[Report on the health of British troops in the Madras command]
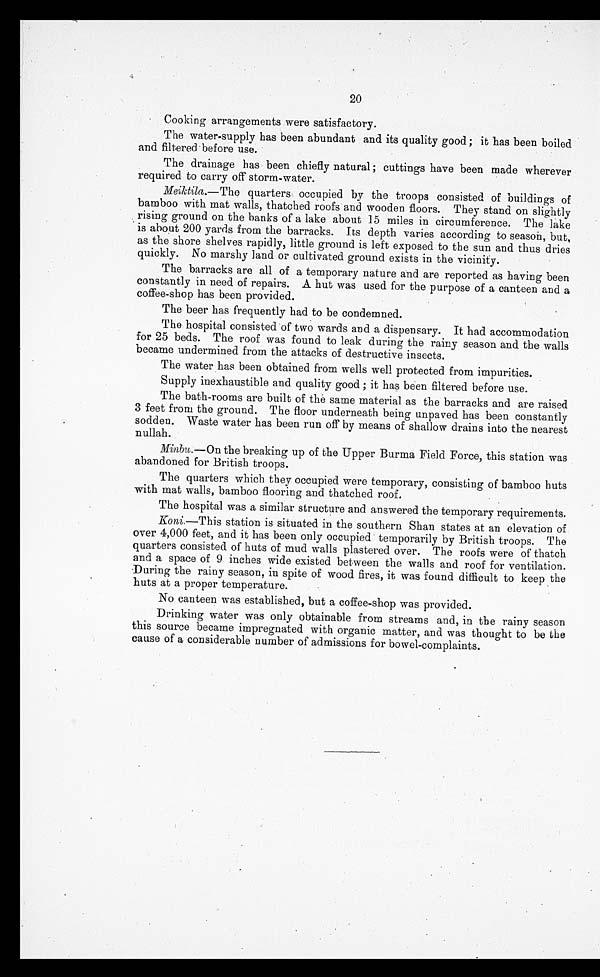
20
Cooking arrangements were satisfactory.
The water-supply has been abundant and its quality good; it has been boiled
and filtered before use.
The drainage has been chiefly natural; cuttings have been made wherever
required to carry off storm-water.
Meiktila.— The quarters occupied by the troops consisted of buildings of
bamboo with mat walls, thatched roofs and wooden floors. They stand on slightly
rising on the banks of a lake about 15 miles in circumference. The lake
is about 200 yards from the barracks. Its depth varies according to season, but,
as the shore shelves rapidly, little ground is left exposed to the sun and thus dries
quickly. No marshy land or cultivated ground exists in the vicinity.
The barracks are all of a temporary nature and are reported as having been
constantly in need of repairs. A hut was used for the purpose of a canteen and a
coffee-shop has been provided.
The beer has frequently had to be condemned.
The hospital consisted of two wards and a dispensary. It had accommodation
for 25 beds. The roof was found to leak during the rainy season and the walls
became undermined from the attacks of destructive insects.
The water has been obtained from wells well protected from impurities.
Supply inexhaustible and quality good; it has been filtered before use.
The bath-rooms are built of the same material as the barracks and are raised
3 feet from the ground. The floor underneath being unpaved has been constantly
sodden. Waste water has been run off by means of shallow drains into the nearest
nullah.
Minbu .—On the breaking up of the Upper Burma Field Force, this station was
abandoned for British troops.
The quarters which they occupied were temporary, consisting of bamboo huts
with mat walls, bamboo flooring and thatched roof.
The hospital was a similar structure and answered the temporary requirements.
Koni .—This station is situated in the southern Shan states at an elevation of
over 4,000 feet, and it has been only occupied temporarily by British troops. The
quarters consisted of huts of mud walls plastered over. The roofs were of thatch
and a space of 9 inches wide existed between the walls and roof for ventilation.
During the rainy season, in spite of wood fires, it was found difficult to keep the
huts at a proper temperature.
No canteen was established, but a coffee-shop was provided.
Drinking water was only obtainable from streams and, in the rainy season
this source became impregnated with organic matter, and was thought to be the
cause of a considerable number of admissions for bowel-complaints.